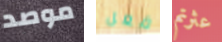
موصد فعل عثرتم